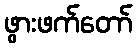
ဖွားဖက်တော်